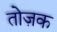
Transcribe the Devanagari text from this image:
तोज़क